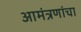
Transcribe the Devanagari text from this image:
आमंत्रणांचा